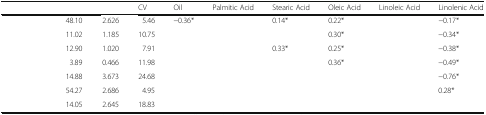
<table><thead><tr><td>[EMPTY_CELL]</td><td>[EMPTY_CELL]</td><td>[EMPTY_CELL]</td><td><b>CV</b></td><td><b>Oil</b></td><td><b>Palmitic Acid</b></td><td><b>Stearic Acid</b></td><td><b>Oleic Acid</b></td><td><b>Linoleic Acid</b></td><td><b>Linolenic Acid</b></td></tr></thead><tbody><tr><td>[EMPTY_CELL]</td><td>48.10</td><td>2.626</td><td>5.46</td><td>−0.36*</td><td>[EMPTY_CELL]</td><td>0.14*</td><td>0.22*</td><td>[EMPTY_CELL]</td><td>−0.17*</td></tr><tr><td>[EMPTY_CELL]</td><td>11.02</td><td>1.185</td><td>10.75</td><td>[EMPTY_CELL]</td><td>[EMPTY_CELL]</td><td>[EMPTY_CELL]</td><td>0.30*</td><td>[EMPTY_CELL]</td><td>−0.34*</td></tr><tr><td>[EMPTY_CELL]</td><td>12.90</td><td>1.020</td><td>7.91</td><td>[EMPTY_CELL]</td><td>[EMPTY_CELL]</td><td>0.33*</td><td>0.25*</td><td>[EMPTY_CELL]</td><td>−0.38*</td></tr><tr><td>[EMPTY_CELL]</td><td>3.89</td><td>0.466</td><td>11.98</td><td>[EMPTY_CELL]</td><td>[EMPTY_CELL]</td><td>[EMPTY_CELL]</td><td>0.36*</td><td>[EMPTY_CELL]</td><td>−0.49*</td></tr><tr><td>[EMPTY_CELL]</td><td>14.88</td><td>3.673</td><td>24.68</td><td>[EMPTY_CELL]</td><td>[EMPTY_CELL]</td><td>[EMPTY_CELL]</td><td>[EMPTY_CELL]</td><td>[EMPTY_CELL]</td><td>−0.76*</td></tr><tr><td>[EMPTY_CELL]</td><td>54.27</td><td>2.686</td><td>4.95</td><td>[EMPTY_CELL]</td><td>[EMPTY_CELL]</td><td>[EMPTY_CELL]</td><td>[EMPTY_CELL]</td><td>[EMPTY_CELL]</td><td>0.28*</td></tr><tr><td>[EMPTY_CELL]</td><td>14.05</td><td>2.645</td><td>18.83</td><td>[EMPTY_CELL]</td><td>[EMPTY_CELL]</td><td>[EMPTY_CELL]</td><td>[EMPTY_CELL]</td><td>[EMPTY_CELL]</td><td>[EMPTY_CELL]</td></tr></tbody></table>